Manual of the Civil Veterinary Department, Central Provinces and Berar
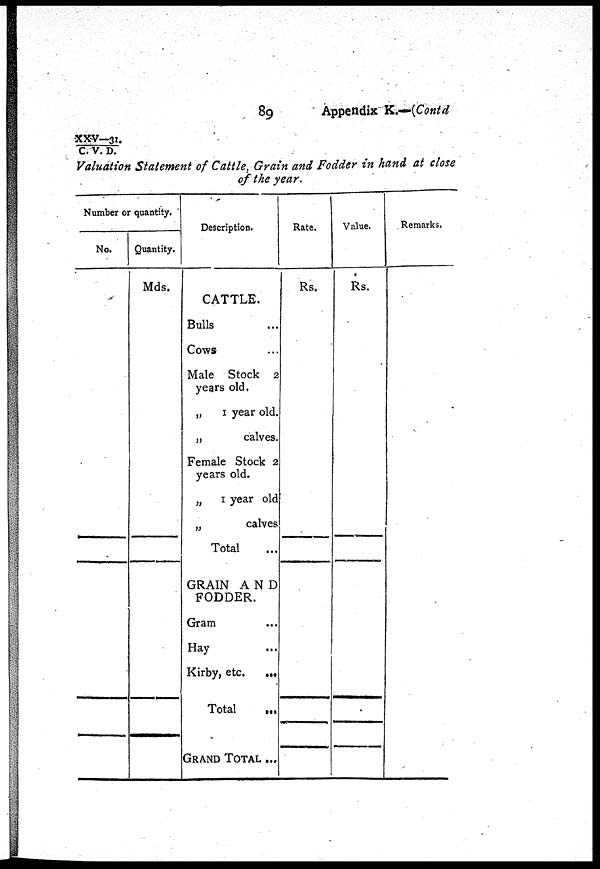
89
Appendix K.—(Contd
XXV—31./C
V. D.
Valuation Statement of Cattle, Grain and Fodder in hand at close
of the year.
Number or quantity.
No.
Quantity.
Mds.
Description.
CATTLE.
Bulls ...
Cows ...
Male Stock 2
years old.
„ 1 year old.
„
calves.
Female Stock 2
years old.
„ 1 year old
„
calves
Total
GRAIN AND
FODDER.
Gram ...
Hay ...
Kirby, etc.
...
Total
...
GRAND TOTAL ...
Rate.
Rs.
Value.
Rs.
Remarks.